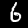
Digit: 6